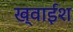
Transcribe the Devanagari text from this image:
ख्वाईश